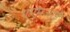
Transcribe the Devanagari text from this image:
एएमआई